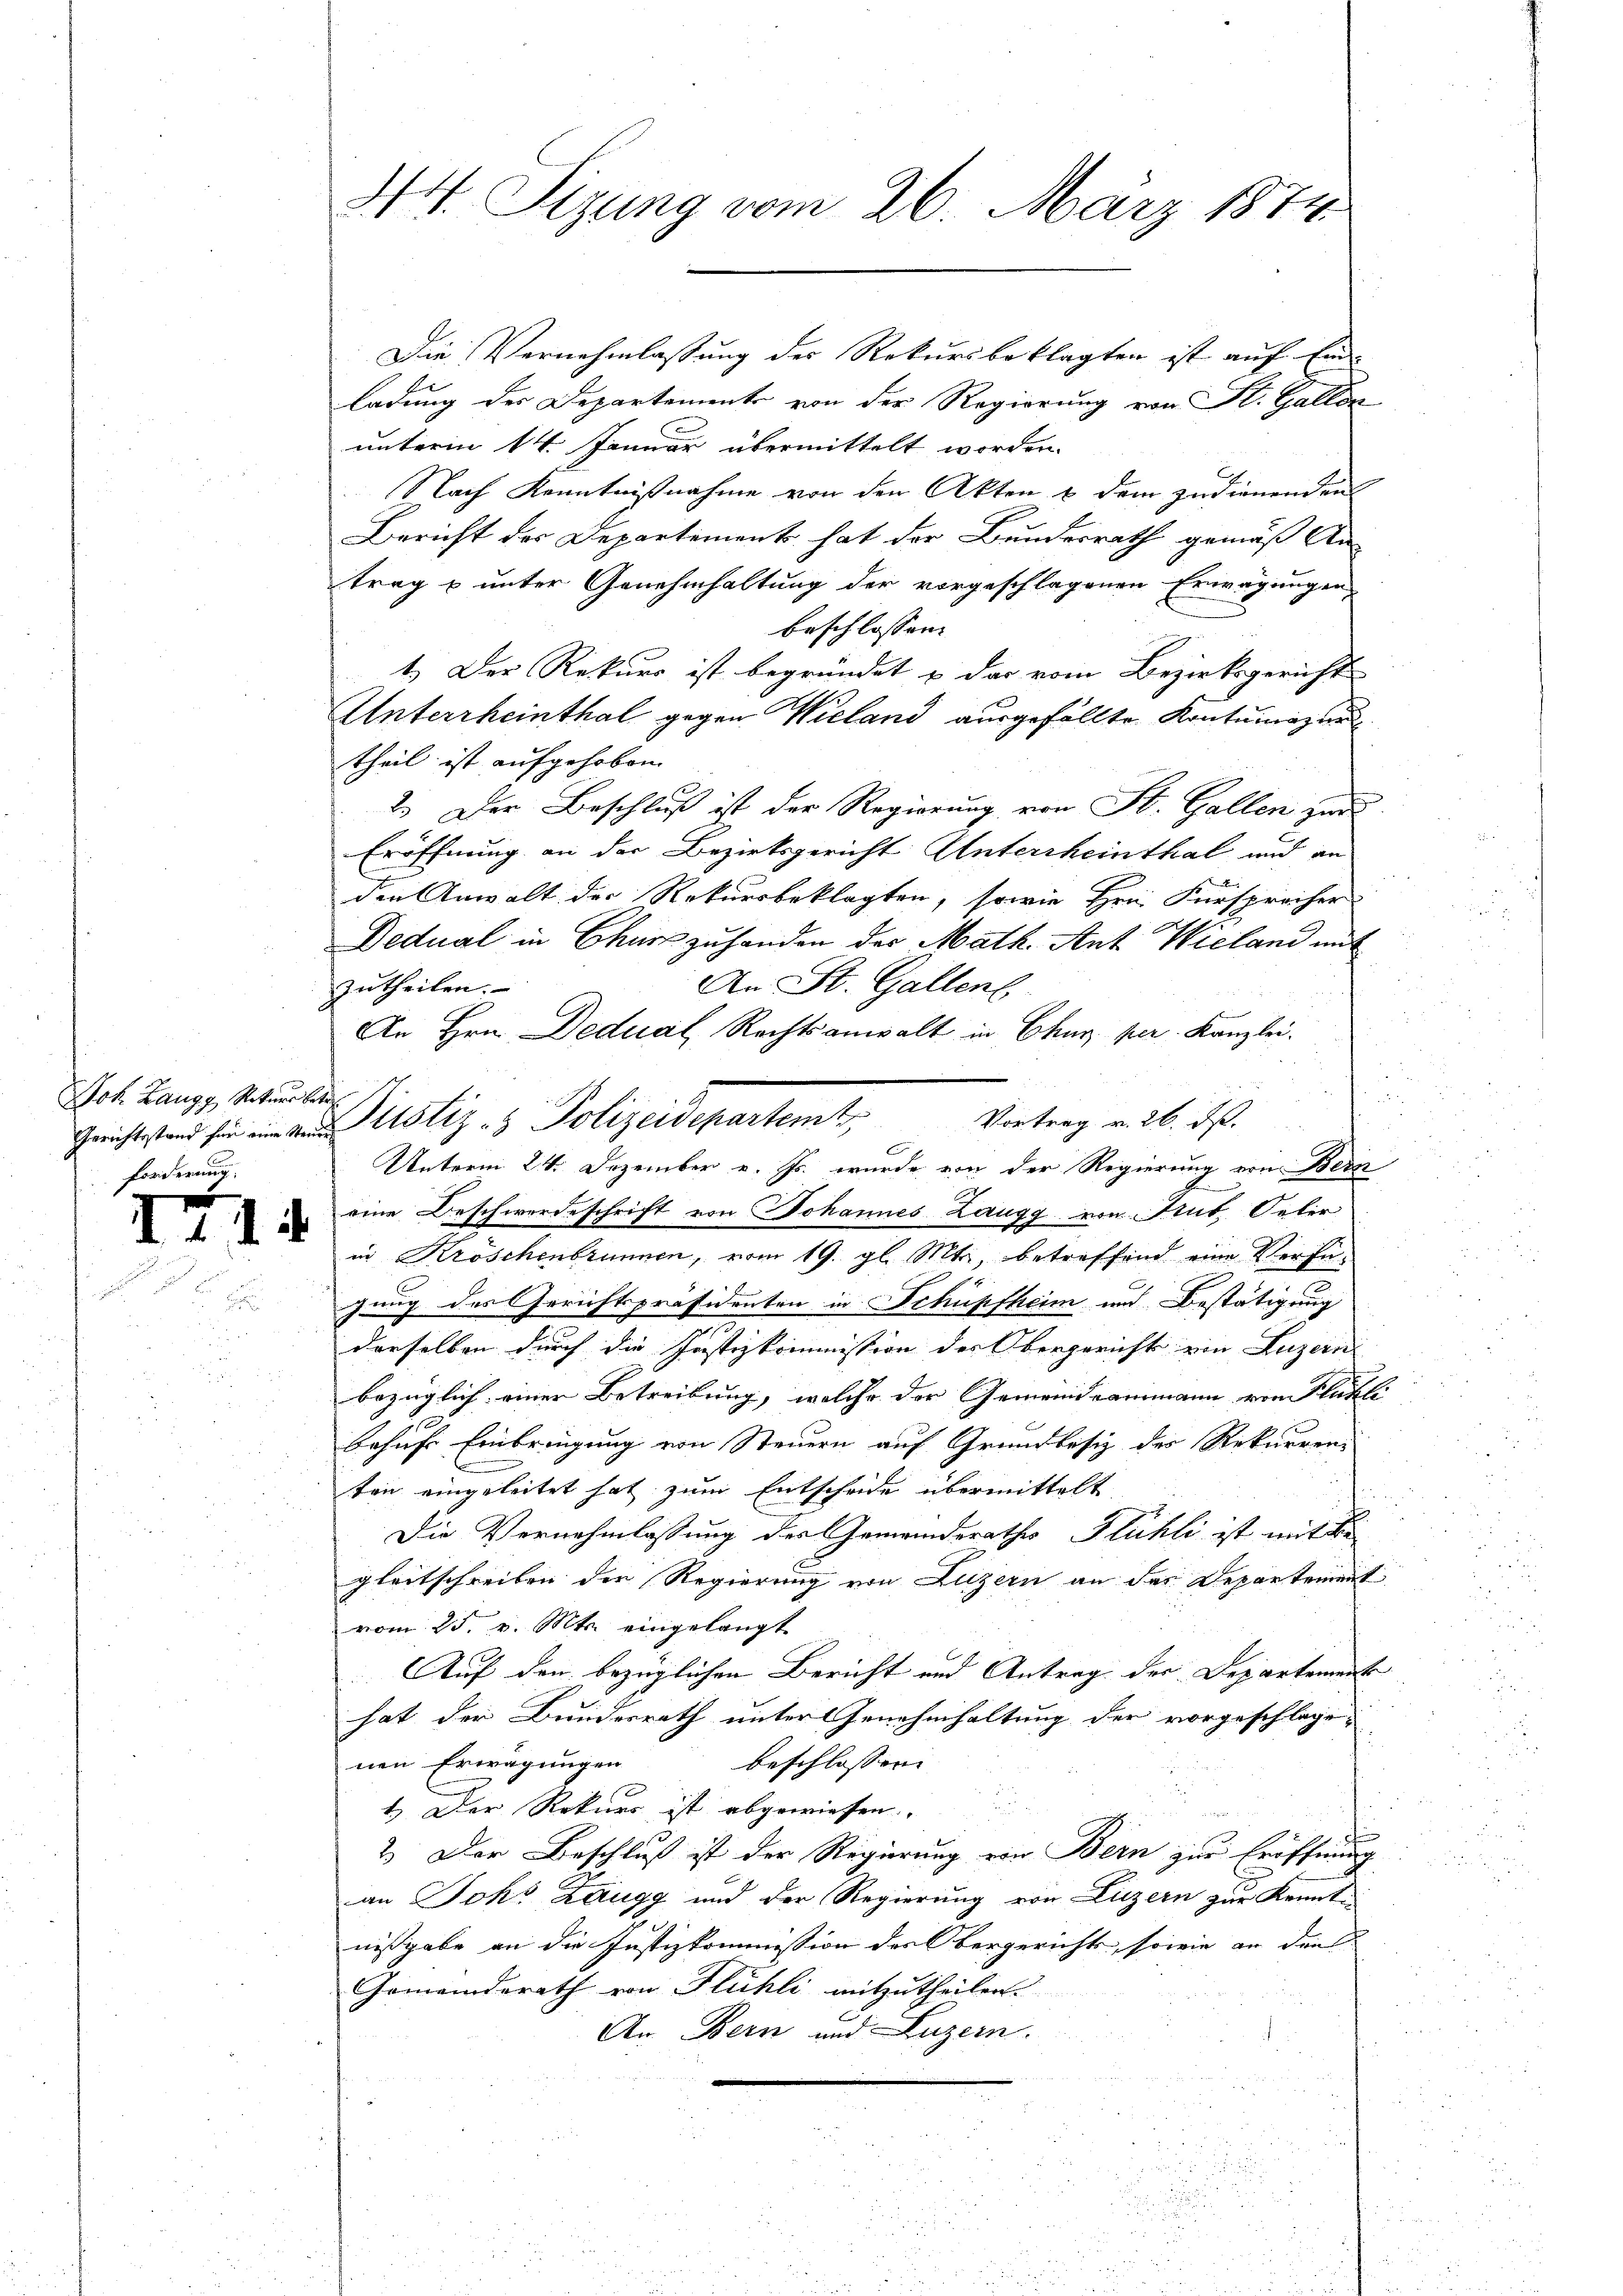
Sok. Zangg, Rekurs betre
forderung

414

44. Sitzung vom 26. März 1874

Die Vernehmlassung des Rekursbeklagten ist auf Einladung der Departements von der Regierung von St. Gallor
unterm 14. Januar übermittelt worden.
Nach Kenntnißnahme von den Akten & dem zudienenden
Bericht des Departement hat der Bundesrath gemäß An-
trag & unter Genehmhaltung der vorgeschlagenen Erwägungen,
beschlossen:
1.) Der Rekurs ist begründet & das vom Bezirksgericht
Unterrheinthal gegen Wieland ausgefällte Kontumazun
theil ist aufgehoben.
2.) Der Beschluß ist der Regierung von St. Gallen zur
Eröffnung an der Bezirksgericht Untersheinthal und an
den Anwalt der Rekursbeklagten, sowie Hrn. Fürsprecher
Dedual in Chur zu handen der Math. Ant. Wieland mit
An St. Gallenb
zutheilen.
An Hrn. Dedual, Rechtsanwalt in Chur per. Kanzlei.
ä
Vortrag v. 26. ds.
C
Unterm 24. Dezember v. Js. wurde von der Regierung von Bern
2
eine Beschwerdeschrift von Johannes Zaugg von Gut. Oeler
in Kröschenbrunnen, vom 19. gl. Mts., betreffend eine Verfügung des Gerichtspräsidenten in Schüpfheim und Bestätigung
derselben durch die Justizkommission der Obergericht ein Luzern
bezüglich einer Betreibung, welche der Gemeindeammann von Stükli
behufs Einbringung von Steuern auf Grundbesiz des Rekurren:
ten eingeleitet hat zum Entscheide übermittelt
Die Vernehmlassung des Gemeinderathes Flühli ist mit de
gleitschreiben die Regierung von Luzern an das Departement
vom 25. v. Mts. eingelangt
Auf den bezüglichen Bericht und Antrag der Departement
hat der Bundesrath unter Genehmhaltung der vorgeschlage-
nen Erwägungen
beschlossene
1.) Der Rekurs ist abgewiesen. |
2.) Der Beschluß ist der Regierung von Bern zur Eröffnung
an Joks Zaugg und der Regierung von Luzern zur Kennt-
nißgabe an die Justizkommission des Obergerichts, sowie an die
Gemeinderath von Flühli mitzutheilen.
An Bern und Luzern.
u

e

Geistens ustiz- & Polizeidepartemt

.